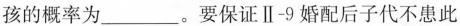
孩的概率为___。要保证Ⅱ-9婚配后子代不患此